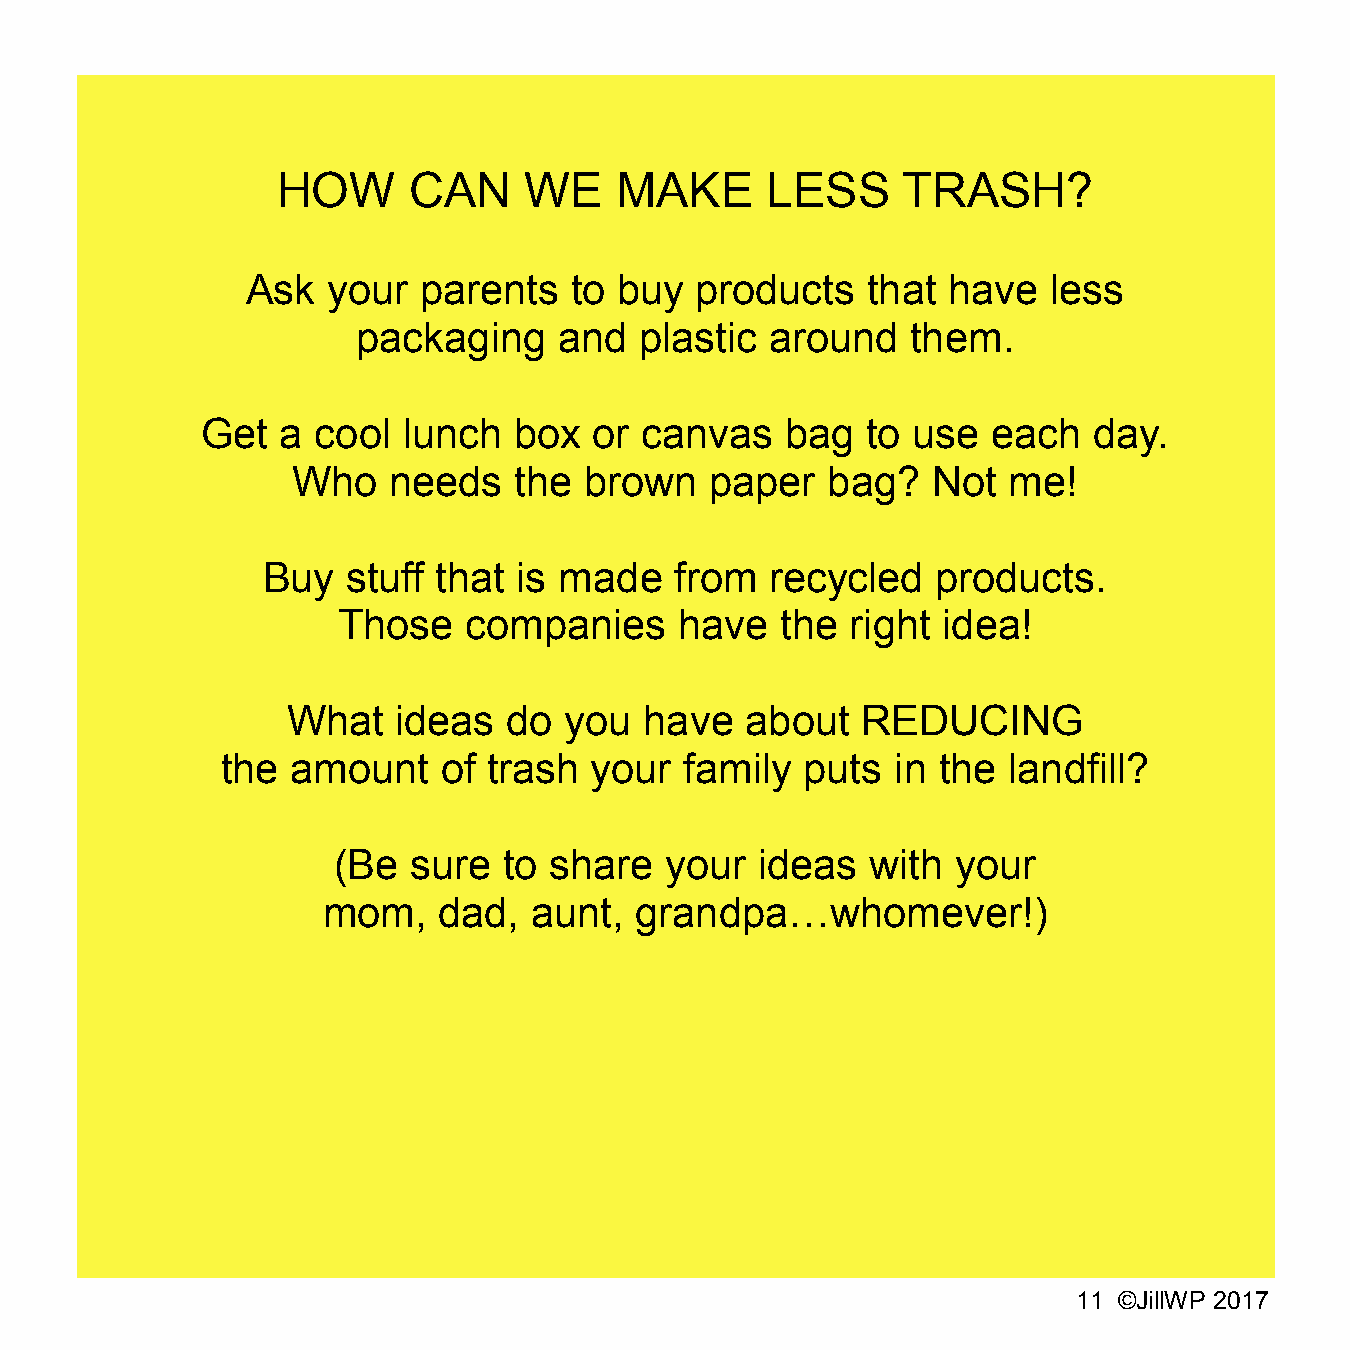
HOW      CAN     WE    MAKE      LESS     TRASH?
 Ask   your  parents   to buy  products   that  have  less
 packaging    and  plastic  around   them.
 Get   a cool  lunch  box  or canvas    bag  to use   each  day.
 Who    needs   the  brown   paper   bag?   Not  me!
 Buy   stuff that is made    from  recycled   products.
 Those    companies     have   the right idea!
 What   ideas   do you   have  about   REDUCING
 the amount    of trash  your  family  puts  in the  landfill?
 (Be  sure  to share   your  ideas   with your
 mom,    dad,  aunt,  grandpa…whomever!)
 11 ©JillWP 2017